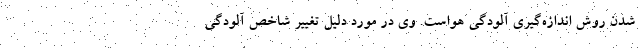
شدن روش اندازه‌گیری آلودگی هواست. وی در مورد دلیل تغییر شاخص آلودگی